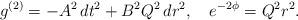
LaTeX: \begin{align*}g^{(2)}=-A^{2}\,dt^{2}+B^{2}Q^{2}\,dr^{2},\quad e^{-2\phi}=Q^{2}r^{2}.\end{align*}